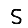
Digit: 5